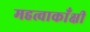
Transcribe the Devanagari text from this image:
महत्वाकाँक्षी